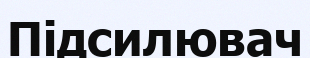
Підсилювач